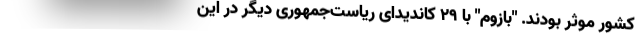
کشور موثر بودند. "بازوم" با 29 کاندیدای ریاست‌جمهوری دیگر در این